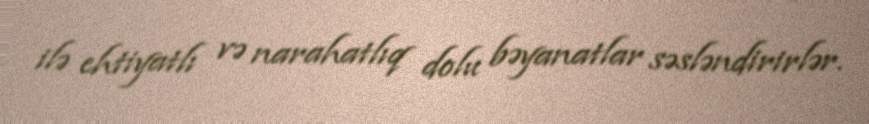
ilə ehtiyatlı və narahatlıq dolu bəyanatlar səsləndirirlər.